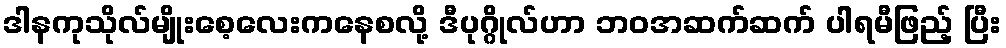
ဒါနကုသိုလ်မျိုးစေ့လေးကနေစလို့ ဒီပုဂ္ဂိုလ်ဟာ ဘဝအဆက်ဆက် ပါရမီဖြည့် ပြီး